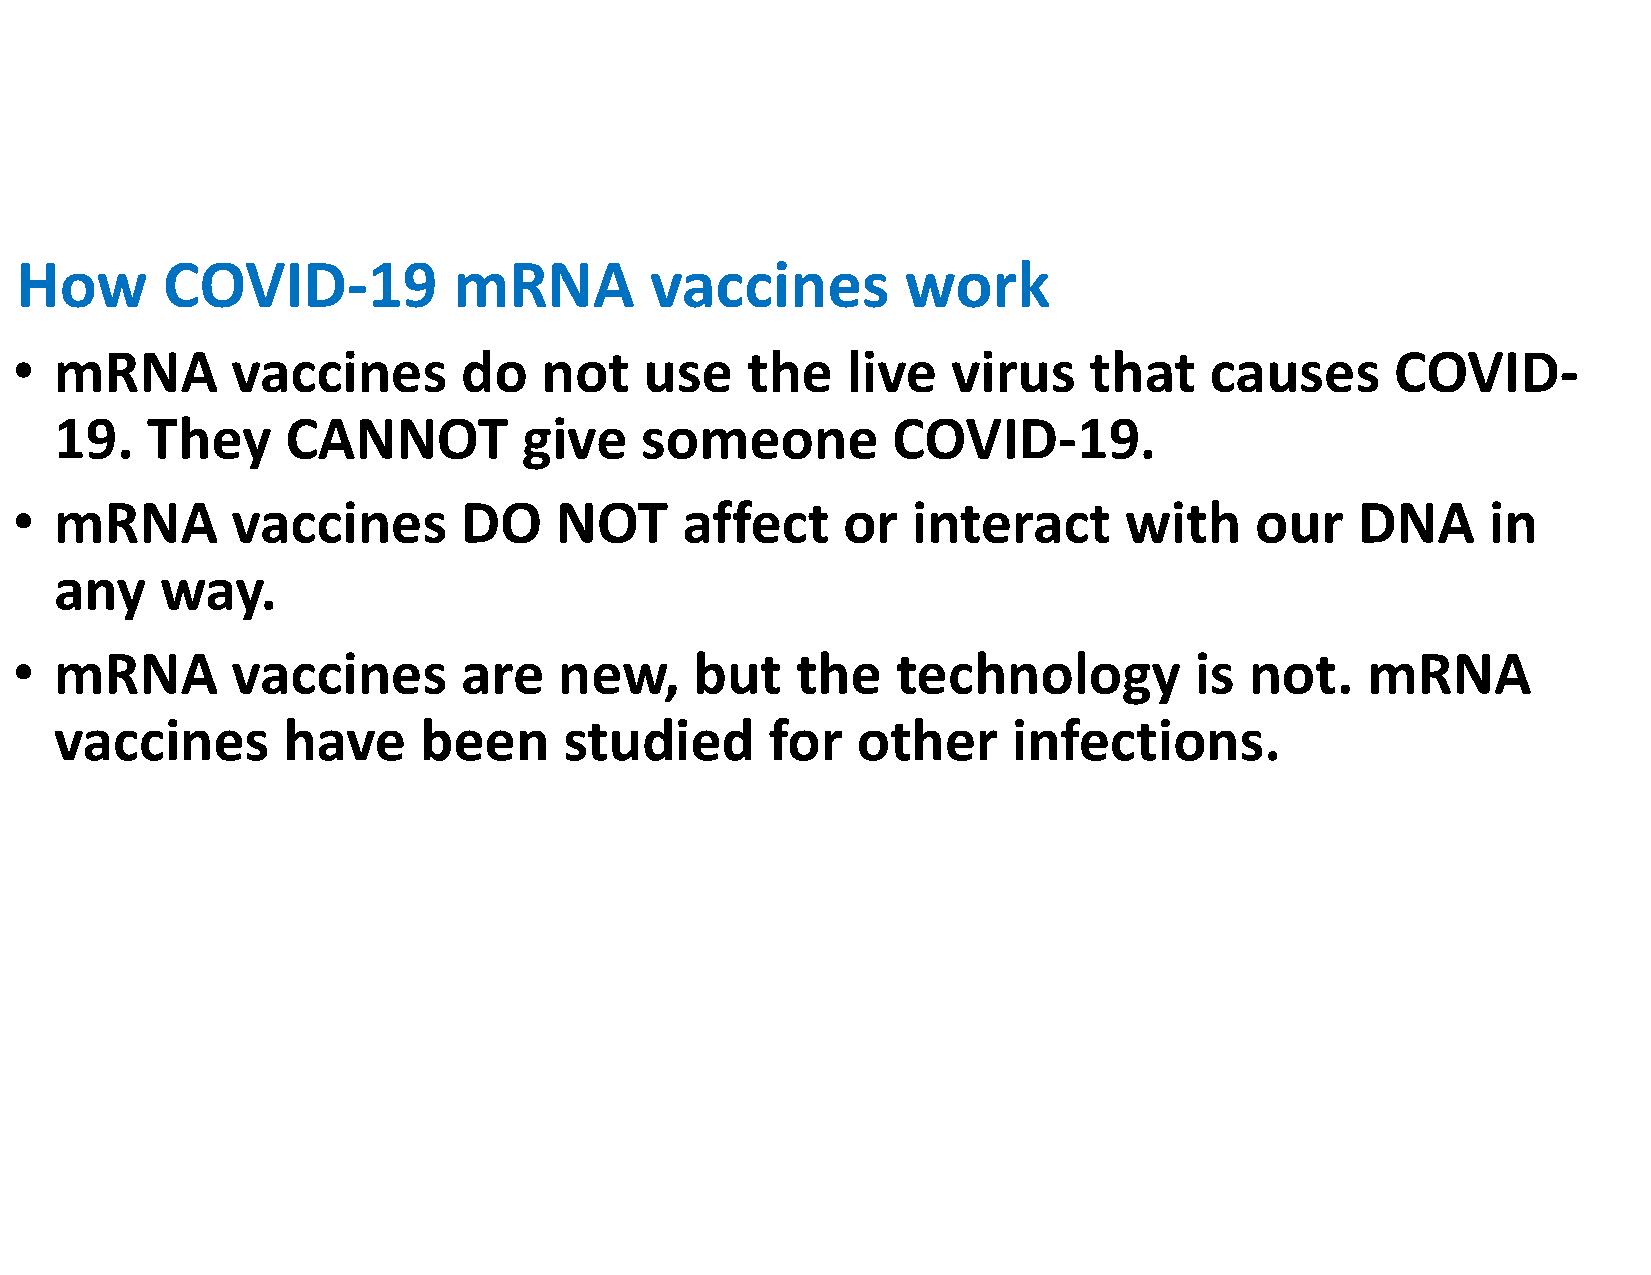
How       COVID-19           mRNA         vaccines         work
 •  mRNA       vaccines        do   not    use   the    live   virus    that    causes      COVID-
 19.   They     CANNOT          give   someone          COVID-19.
 •  mRNA       vaccines        DO    NOT     affect     or  interact      with     our    DNA      in
 any    way.
 •  mRNA       vaccines        are   new,     but    the   technology          is  not.   mRNA
 vaccines       have     been     studied       for   other     infections.